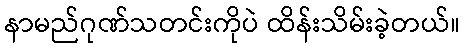
နာမည်ဂုဏ်သတင်းကိုပဲ ထိန်းသိမ်းခဲ့တယ်။